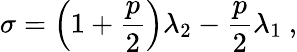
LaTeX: \sigma=\left(1+\frac{p}{2}\right)\lambda_{2}-\frac{p}{2}\lambda_{1}\ ,